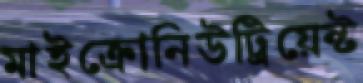
মাইক্রোনিউট্রিয়েন্ট